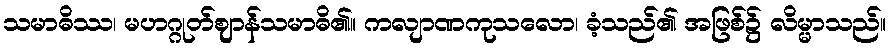
သမာဓိဿ၊ မဟဂ္ဂုတ်ဈာန်သမာဓိ၏။ ကလျာဏကုသလော၊ ခံ့သည်၏ အဖြစ်၌ လိမ္မာသည်။